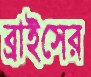
ব্রাইসের